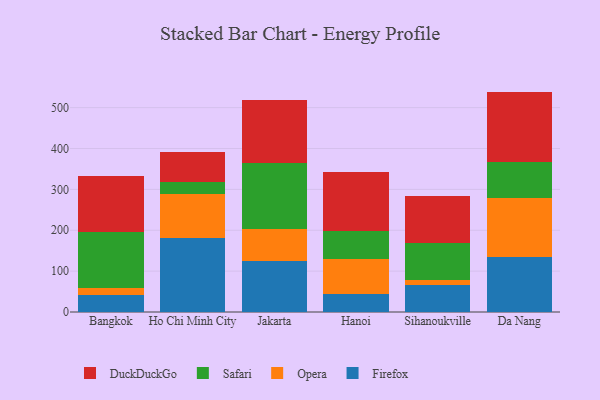
{"axis": {"x": "City", "y": "Population (Million)"}, "legend": ["DuckDuckGo", "Firefox", "Opera", "Safari"], "data": [{"x": "Bangkok", "y": 40.4, "type": "Firefox"}, {"x": "Bangkok", "y": 17.7, "type": "Opera"}, {"x": "Bangkok", "y": 137.1, "type": "Safari"}, {"x": "Bangkok", "y": 136.4, "type": "DuckDuckGo"}, {"x": "Ho Chi Minh City", "y": 180.0, "type": "Firefox"}, {"x": "Ho Chi Minh City", "y": 109.7, "type": "Opera"}, {"x": "Ho Chi Minh City", "y": 27.4, "type": "Safari"}, {"x": "Ho Chi Minh City", "y": 74.5, "type": "DuckDuckGo"}, {"x": "Jakarta", "y": 124.8, "type": "Firefox"}, {"x": "Jakarta", "y": 78.4, "type": "Opera"}, {"x": "Jakarta", "y": 161.4, "type": "Safari"}, {"x": "Jakarta", "y": 154.9, "type": "DuckDuckGo"}, {"x": "Hanoi", "y": 45.0, "type": "Firefox"}, {"x": "Hanoi", "y": 83.8, "type": "Opera"}, {"x": "Hanoi", "y": 68.6, "type": "Safari"}, {"x": "Hanoi", "y": 144.8, "type": "DuckDuckGo"}, {"x": "Sihanoukville", "y": 66.1, "type": "Firefox"}, {"x": "Sihanoukville", "y": 11.0, "type": "Opera"}, {"x": "Sihanoukville", "y": 91.4, "type": "Safari"}, {"x": "Sihanoukville", "y": 115.0, "type": "DuckDuckGo"}, {"x": "Da Nang", "y": 135.7, "type": "Firefox"}, {"x": "Da Nang", "y": 143.5, "type": "Opera"}, {"x": "Da Nang", "y": 87.1, "type": "Safari"}, {"x": "Da Nang", "y": 172.9, "type": "DuckDuckGo"}]}